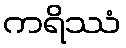
ကရိဿံ